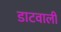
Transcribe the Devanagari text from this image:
डाटवाली